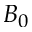
B _ { 0 }